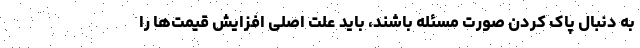
به دنبال پاک کردن صورت مسئله باشند، باید علت اصلی افزایش قیمت‌ها را